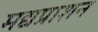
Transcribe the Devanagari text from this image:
मद्यप्राशन